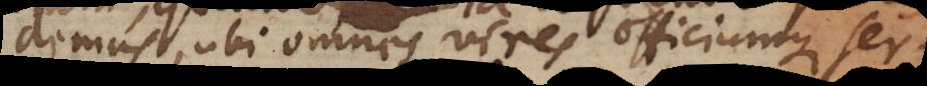
demus, ubi omnes vires officiumque ser